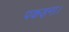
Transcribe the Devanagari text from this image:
पकड़ना।